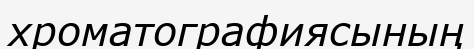
хроматографиясының